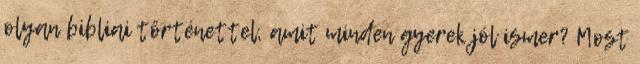
olyan bibliai történettel, amit minden gyerek jól ismer? Most